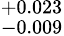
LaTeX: ^{+0.023}_{-0.009}